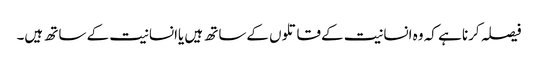
فیصلہ کرنا ہے کہ وہ انسانیت کےقاتلوں کےساتھ ہیں یاانسانیت کے ساتھ ہیں۔